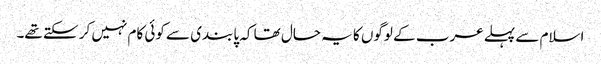
اسلام سے پہلے عرب کے لوگوں کا یہ حال تھا کہ پابندی سے کوئی کام نہیں کر سکتے تھے۔